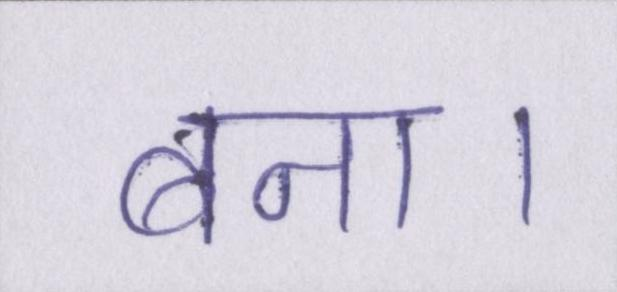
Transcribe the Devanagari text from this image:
बना।